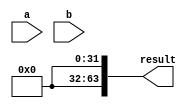
module wallace_tree_multiplier(input [31:0] a, input [31:0] b, output reg [63:0] result);

reg [31:0] partial_products [62:0];

// Generate partial products
genvar i;
generate
    for (i = 0; i < 31; i = i + 1) begin : gen_partial_products
        assign partial_products[i] = a << i;
    end
endgenerate

// Calculate products using compressors and adders
genvar j;
generate
    for (j = 0; j < 31; j = j + 1) begin : gen_compressors_adders
        assign partial_products[j+31] = partial_products[j] + partial_products[j+1];
    end
endgenerate

assign result = partial_products[62];

endmodule